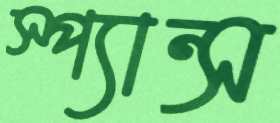
স্প্যান্স